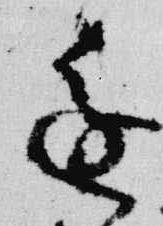
進